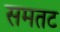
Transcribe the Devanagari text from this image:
समतट